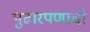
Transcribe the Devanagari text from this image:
पुढारपणाची